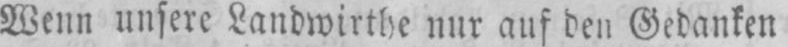
Wenn unsere Landwirthe nur auf den Gedanken